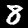
Digit: 8